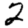
Digit: 2